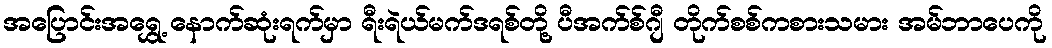
အပြောင်းအရွှေ့ နောက်ဆုံးရက်မှာ ရီးရဲယ်မက်ဒရစ်တို့ ပီအက်စ်ဂျီ တိုက်စစ်ကစားသမား အမ်ဘာပေကို